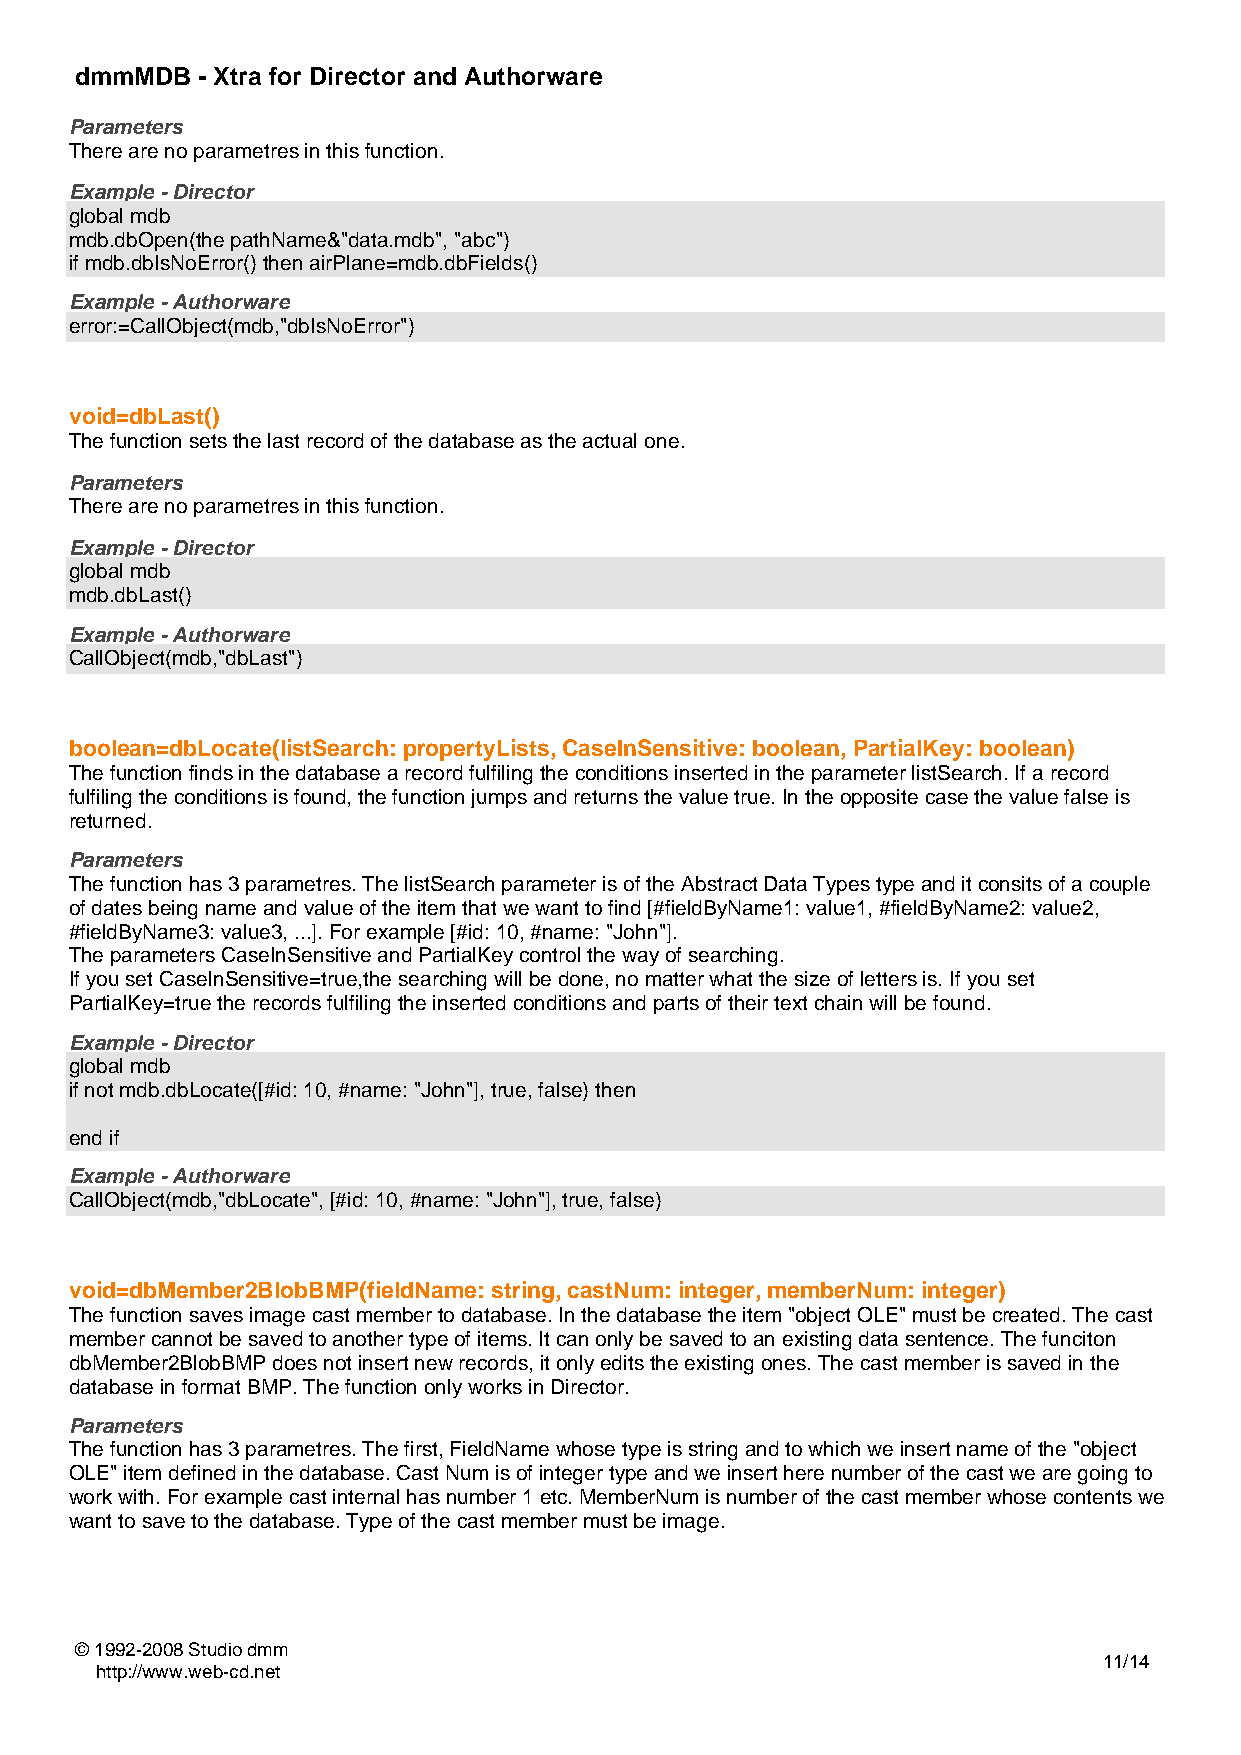
dmmMDB  - Xtra for Director and Authorware
 Parameters
 There are no parametres in this function.
 Example - Director
 global mdb
 mdb.dbOpen(the pathName&"data.mdb", "abc")
 if mdb.dbIsNoError() then airPlane=mdb.dbFields()
 Example - Authorware
 error:=CallObject(mdb,"dbIsNoError")
 void=dbLast()
 The function sets the last record of the database as the actual one.
 Parameters
 There are no parametres in this function.
 Example - Director
 global mdb
 mdb.dbLast()
 Example - Authorware
 CallObject(mdb,"dbLast")
 boolean=dbLocate(listSearch: propertyLists, CaseInSensitive: boolean, PartialKey: boolean)
 The function finds in the database a record fulfiling the conditions inserted in the parameter listSearch. If a record
 fulfiling the conditions is found, the function jumps and returns the value true. In the opposite case the value false is
 returned.
 Parameters
 The function has 3 parametres. The listSearch parameter is of the Abstract Data Types type and it consits of a couple
 of dates being name and value of the item that we want to find [#fieldByName1: value1, #fieldByName2: value2,
 #fieldByName3: value3, ...]. For example [#id: 10, #name: "John"].
 The parameters CaseInSensitive and PartialKey control the way of searching.
 If you set CaseInSensitive=true,the searching will be done, no matter what the size of letters is. If you set
 PartialKey=true the records fulfiling the inserted conditions and parts of their text chain will be found.
 Example - Director
 global mdb
 if not mdb.dbLocate([#id: 10, #name: "John"], true, false) then
 end if
 Example - Authorware
 CallObject(mdb,"dbLocate", [#id: 10, #name: "John"], true, false)
 void=dbMember2BlobBMP(fieldName: string, castNum: integer, memberNum: integer)
 The function saves image cast member to database. In the database the item "object OLE" must be created. The cast
 member cannot be saved to another type of items. It can only be saved to an existing data sentence. The funciton
 dbMember2BlobBMP does not insert new records, it only edits the existing ones. The cast member is saved in the
 database in format BMP. The function only works in Director.
 Parameters
 The function has 3 parametres. The first, FieldName whose type is string and to which we insert name of the "object
 OLE" item defined in the database. Cast Num is of integer type and we insert here number of the cast we are going to
 work with. For example cast internal has number 1 etc. MemberNum is number of the cast member whose contents we
 want to save to the database. Type of the cast member must be image.
 © 1992-2008 Studio dmm
 11/14
 http://www.web-cd.net